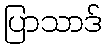
ပြာသာဒ်